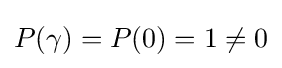
P(\gamma )=P(0)=1\neq 0